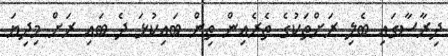
ދިރާސާގައި ބެލި ރަށްތަކުގެ ތެރެއިން ތިން ބައިކުޅަ ދެ ބައި ރަށް މިދިޔަ